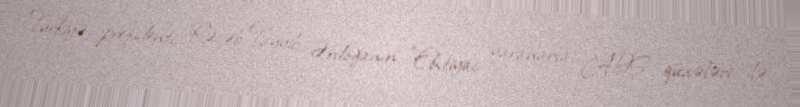
Türkiyə prezidenti Rəcəb Tayyib Ərdoğanın "Ehtiyac yaranarsa, ABŞ qüvvələri ilə